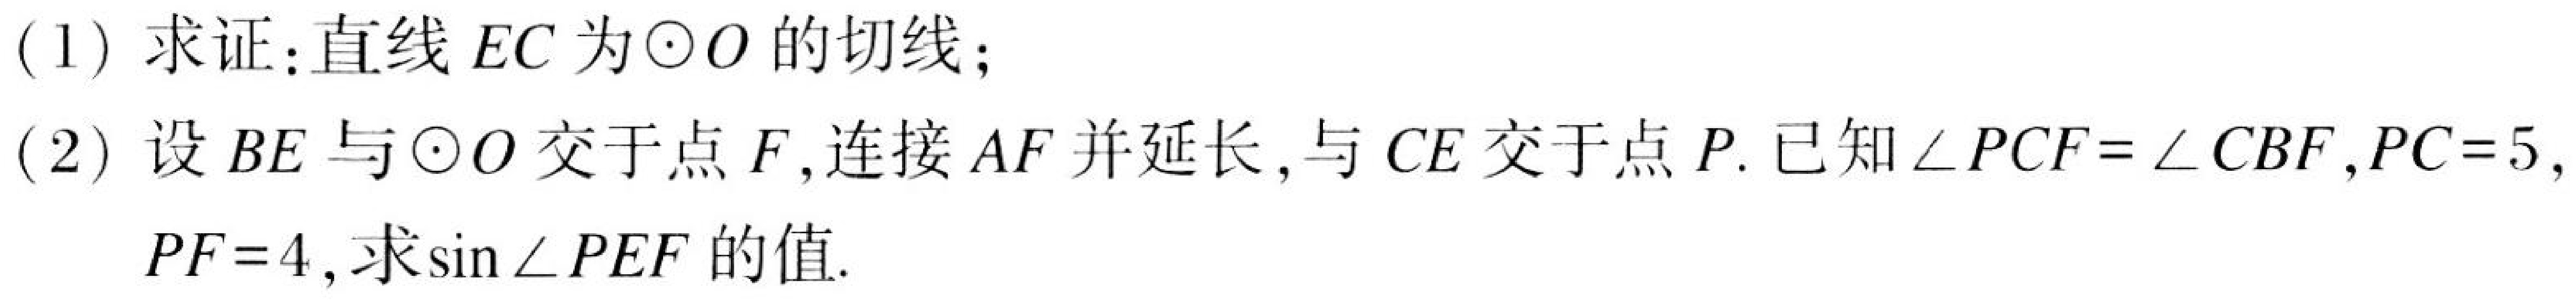
(1) 求证：直线\(EC\)为\(\odot O\)的切线；
(2) 设\(BE\)与\(\odot O\)交于点\(F\),连接\(AF\)并延长,与\(CE\)交于点\(P\). 已知\(\angle PCF=\angle CBF\),\(PC = 5\),
\(PF = 4\),求\(\sin\angle PEF\)的值.